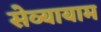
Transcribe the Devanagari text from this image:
सेव्यायाम